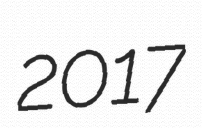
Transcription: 2017